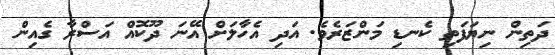
ދަތިން ނިޔަފަތި ކެނޑި މަންޒަރެވެ. އަދި އެހާލަށް އޭނަ ދޫކޮއް އަސްރާ ގެއިން